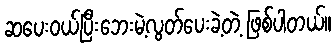
ဆပေးဝယ်ပြီးဘေးမဲ့လွတ်ပေးခဲ့တဲ့ ဖြစ်ပါတယ်။